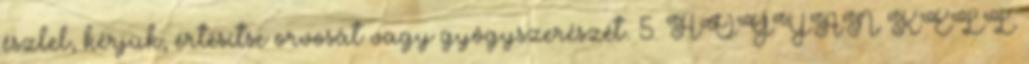
észlel, kérjük, értesítse orvosát vagy gyógyszerészét. 5. HOGYAN KELL